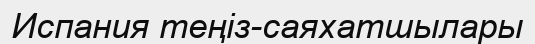
Испания теңіз-саяхатшылары